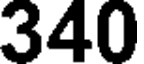
340